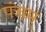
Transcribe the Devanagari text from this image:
पंचम्‌